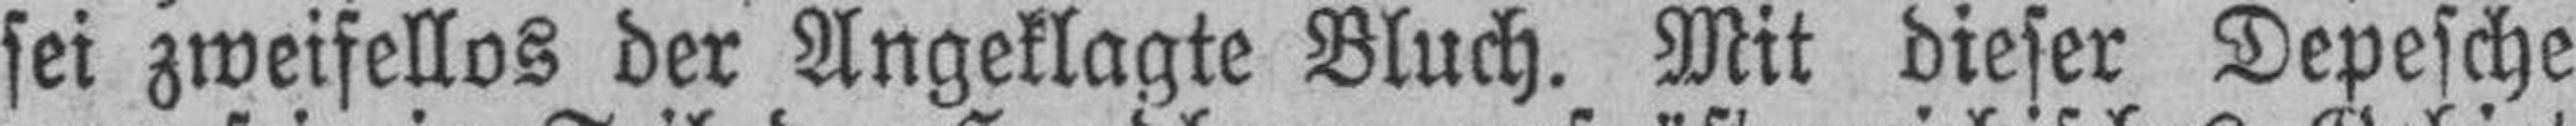
sei zweifellos der Angeklagte Bluch. Mit dieser Depesche